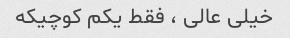
خیلی عالی ، فقط یکم کوچیکه